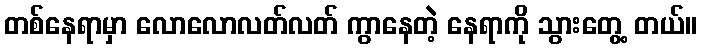
တစ်နေရာမှာ လောလောလတ်လတ် ကွာနေတဲ့ နေရာကို သွားတွေ့ တယ်။